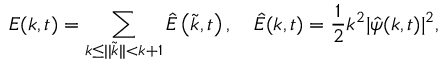
E ( k , t ) = \sum _ { k \leq | | \widetilde { \boldsymbol { k } } | | < { k + 1 } } \hat { E } \left( \widetilde { \boldsymbol { k } } , t \right) , \quad \hat { E } ( \boldsymbol { k } , t ) = \frac { 1 } { 2 } k ^ { 2 } | \hat { \psi } ( \boldsymbol { k } , t ) | ^ { 2 } ,